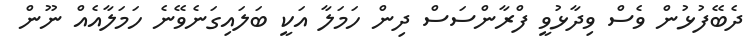
ދެބޭފުޅުން ވެސް ވިދާޅުވީ ފްރާންސަސް ދިން ހަމަލާ އަކީ ބަލައިގަނެވޭނެ ހަމަލާއެއް ނޫން